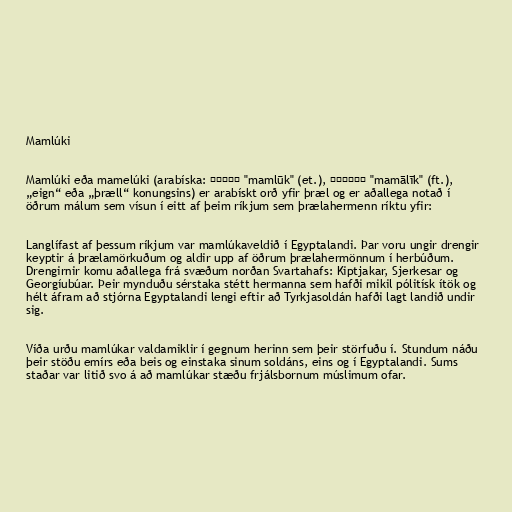
Mamlúki

Mamlúki eða mamelúki (arabíska: مملوك "mamlūk" (et.), مماليك "mamālīk" (ft.),
„eign“ eða „þræll“ konungsins) er arabískt orð yfir þræl og er aðallega notað í
öðrum málum sem vísun í eitt af þeim ríkjum sem þrælahermenn ríktu yfir:

Langlífast af þessum ríkjum var mamlúkaveldið í Egyptalandi. Þar voru ungir drengir
keyptir á þrælamörkuðum og aldir upp af öðrum þrælahermönnum í herbúðum.
Drengirnir komu aðallega frá svæðum norðan Svartahafs: Kiptjakar, Sjerkesar og
Georgíubúar. Þeir mynduðu sérstaka stétt hermanna sem hafði mikil pólitísk ítök og
hélt áfram að stjórna Egyptalandi lengi eftir að Tyrkjasoldán hafði lagt landið undir
sig.

Víða urðu mamlúkar valdamiklir í gegnum herinn sem þeir störfuðu í. Stundum náðu
þeir stöðu emírs eða beis og einstaka sinum soldáns, eins og í Egyptalandi. Sums
staðar var litið svo á að mamlúkar stæðu frjálsbornum múslimum ofar.